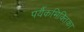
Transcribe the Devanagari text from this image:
पर्यैकभिक्तिका